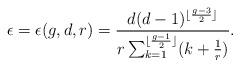
LaTeX: \begin{align*}\epsilon = \epsilon(g,d,r) = \frac{d(d-1)^{\lfloor\frac{g-3}{2}\rfloor}}{r\sum_{k=1}^{\lfloor\frac{g-1}{2}\rfloor}(k+\frac{1}{r})}.\end{align*}